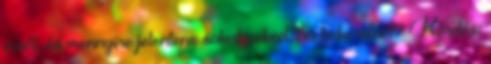
erről, és mennyire jelentene sokat neked, ha bekerülnél? Kérdés: